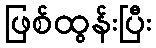
ဖြစ်ထွန်းပြီး